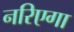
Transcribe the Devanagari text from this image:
नरिएगा